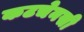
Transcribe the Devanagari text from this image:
कटचेनसी